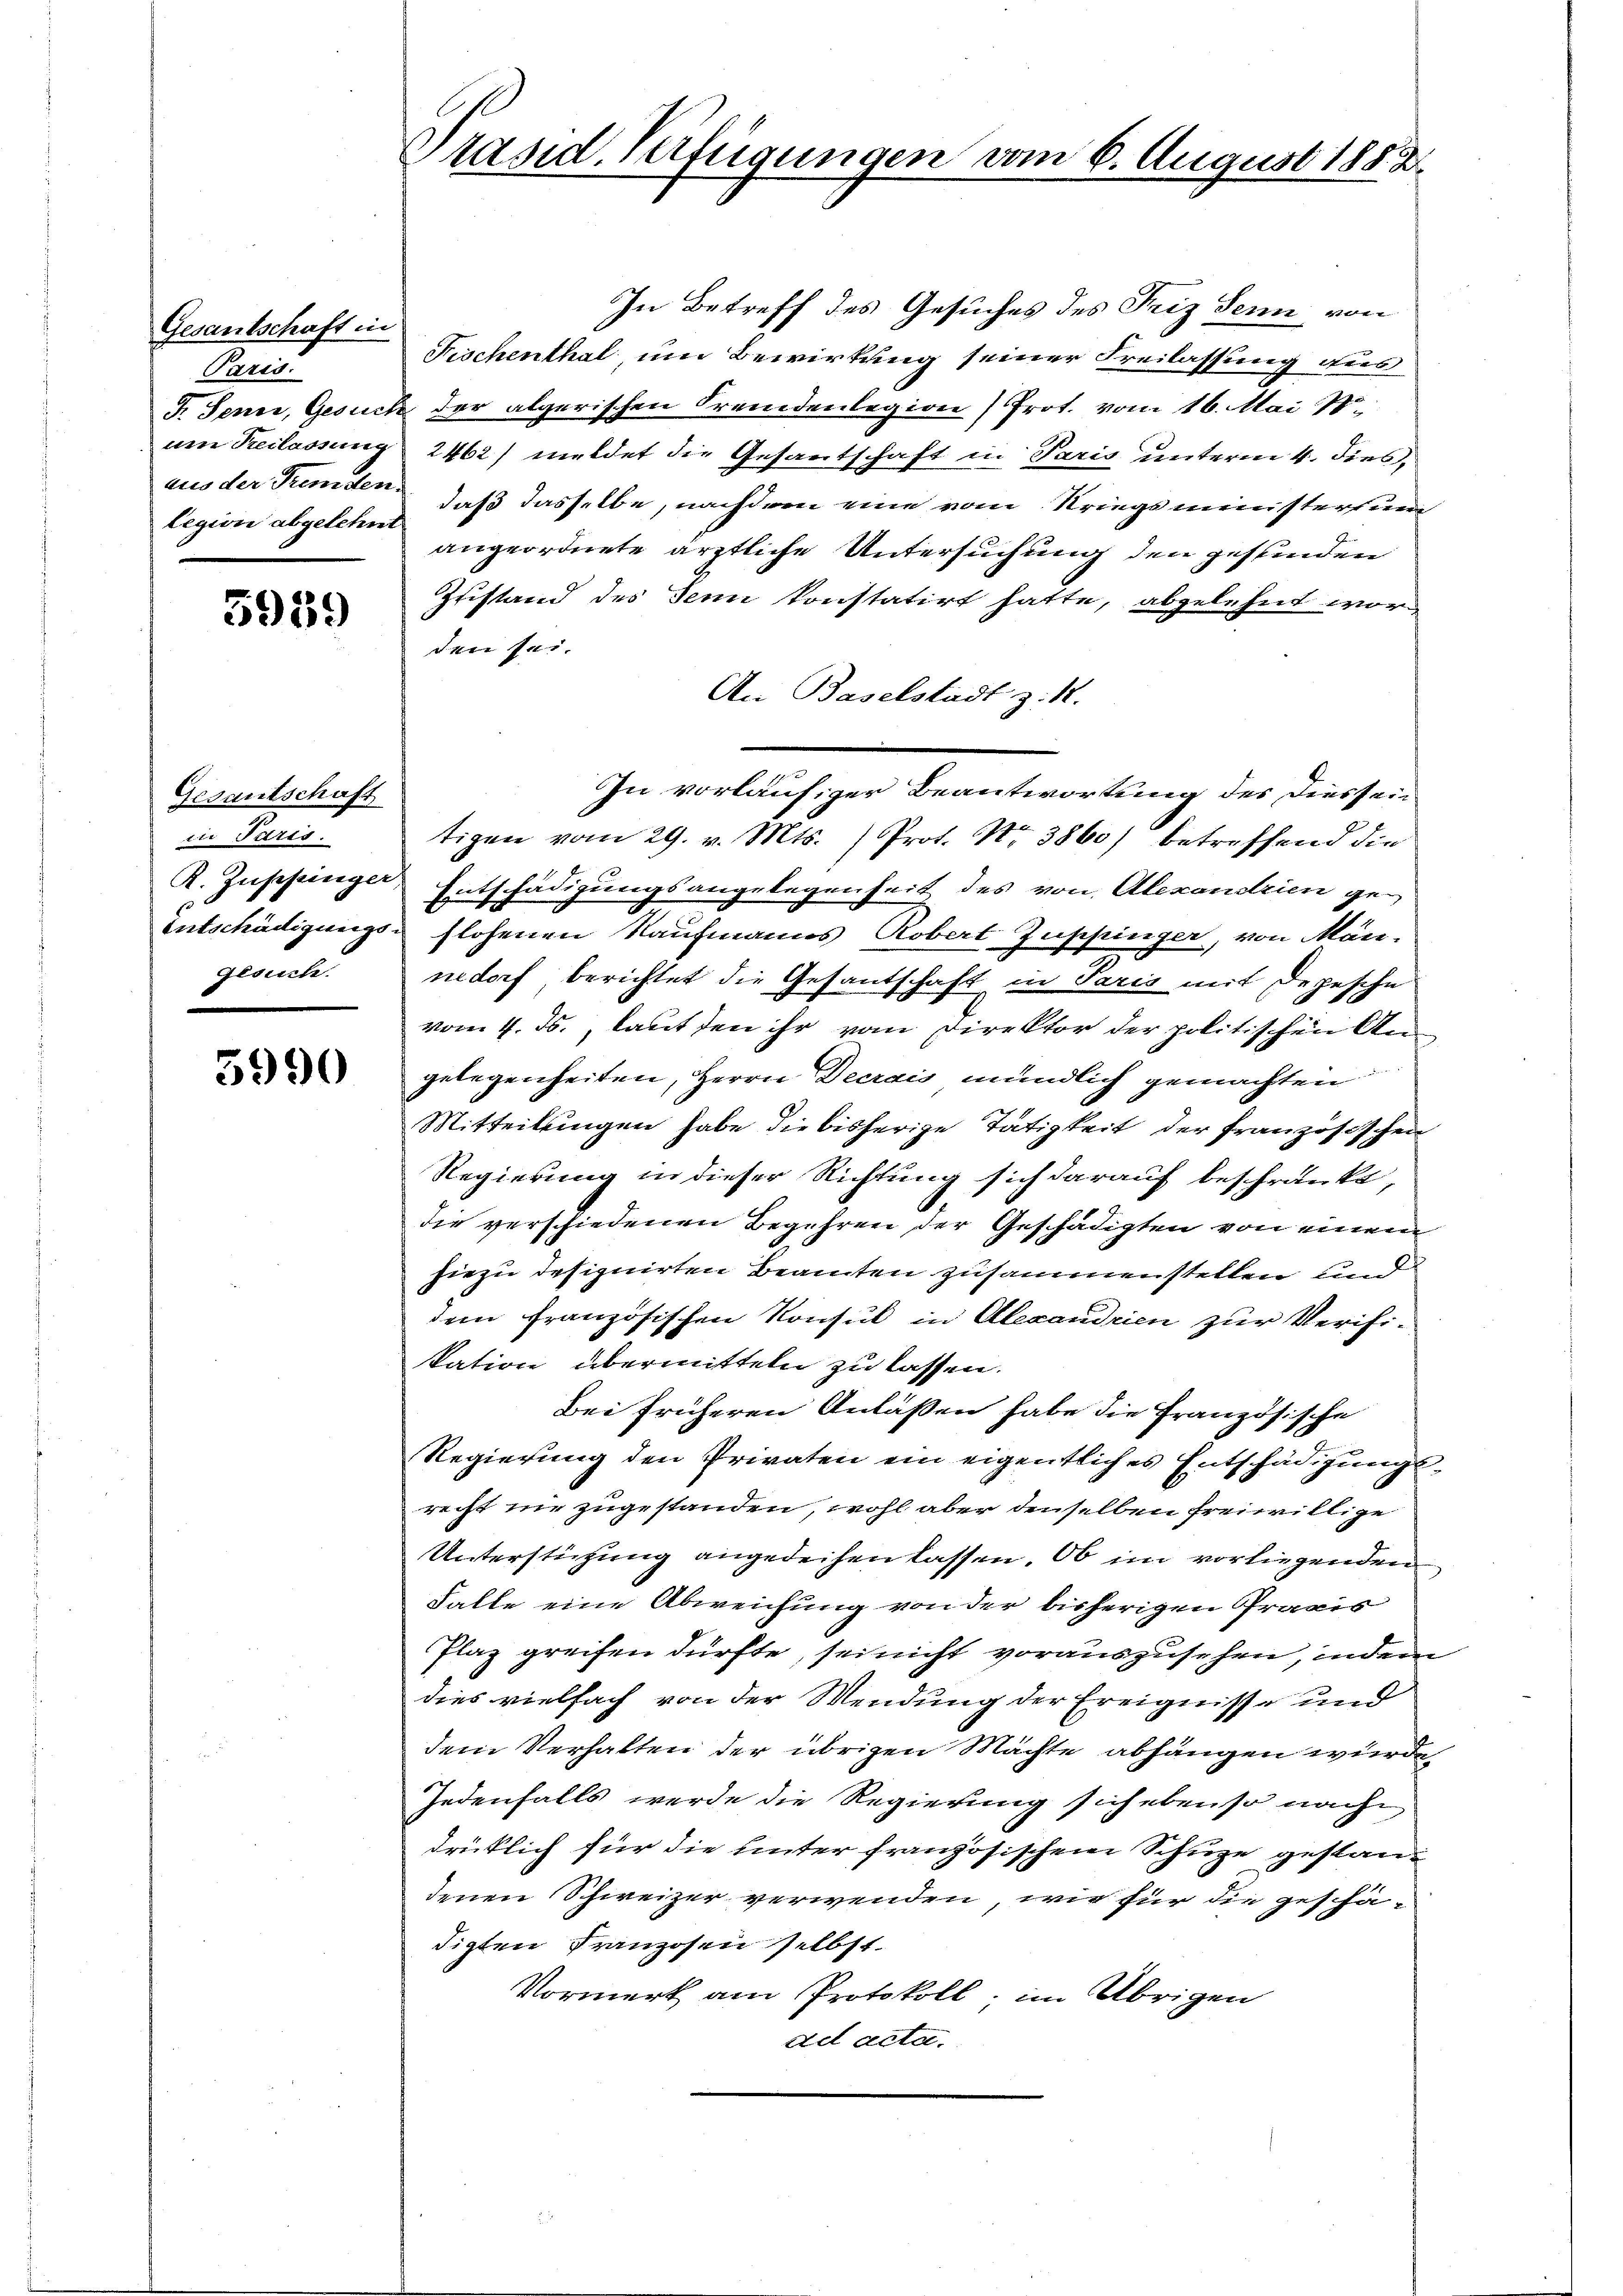
Gesantschaft in
Paris.
legion abgelehnt

5939

Gesantschaft
in Paris.
gesuch.

3990

Präsid. Verfügungen vom 6. August 1883.

In Betreff des Gesuches des Friz Senn von
Fischenthal, um Bewirkung seiner Freilassung aus
F. Jenne, Gesuch der algerischen Fremdenlegion) Prot. vom 16. Mai 18
um Teilassung 2462) meldet die Gesantschaft in Paris unterm 4. dies,
aus der Fremden, daß dasselbe, nachdem eine vom Kriegsministersum
angeordnete ärztliche Untersuchung den gefunden
Zustand des Senn konstatirt hatte, abgelehnt worden sei.
An Baselstadt z. R.
.
In vorläufiger Beantwortung des Diessen
tigen vom 29. v. Mts. ) Prot. Nr. 3860) betreffend die
K. Zuppinge, Entschädigungsangelegenheit des von Alexandrien ge¬
Entschädigungs- flohenen Kaufmanns Robert Zuppinger, von Män-
nedorf berichtet die Gesantschaft in Paris mit Depesche
vom 4. ds., laut den ihr von Direktor der politischen An
gelegenheiten, Herrn Decrais mündlich gemachten
Mitteilungen habe die bisherige Tätigkeit der französischen
Regierung in dieser Richtung sich darauf beschränkt,
die verschiedenen Begehren der Geschädigten von einem
hiezu designirten Beamten zusammenstellen und
dem französischen Konsul in Alexandrien zur Verifitation übermitteln zu lassen.
Bei früheren Anlaßen habe die Französische
Regierung den Privaten ein eigentliches Entschädigungs-
recht nie zugestanden, wohl aber denselben freiwillige
Unterstützung angedeihen lassen. Ob im vorliegenden
Falle eine Abweichung von der bisherigen Praxis
Plaz greifen dürfte, sei nicht vorauszusehen, indem
dies vielfach von der Wendung der Ereignisse und
dem Verhalten der übrigen Mächte abhängen wurde,
Jedenfalls werde die Regierung sich ebenso nach
drücklich für die hinter französischen Schuze gestandenen Schweizer verwenden, wie für die geschädigten Franzosen selbst.
Vormerk am Protokoll; im Übrigen
ad acta.